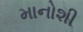
માનોશી